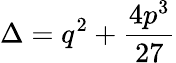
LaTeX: \Delta=q^{2}+{\frac{4p^{3}}{27}}